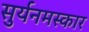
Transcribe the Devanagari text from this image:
सुर्यनमस्कार